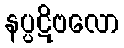
နပ္ပဋိဗလော